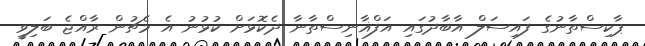
ޕާކިސްތާނުގެ ފައިސަލް އާބާދުގައި އަފްޣާނިސްތާނާ ދެކޮޅަށް ކުޅުނު އެ މެޗުން ރާއްޖެ ބަލިވީ